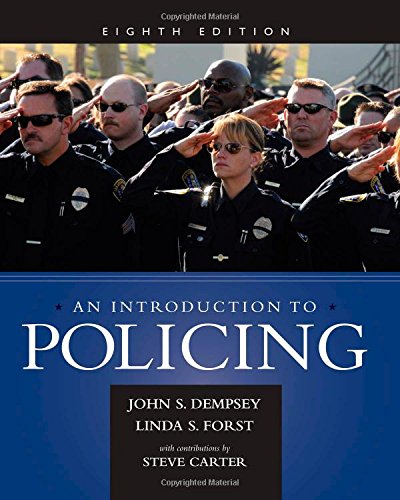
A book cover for An Introduction to Policing; John S. Dempsey; Politics & Social Sciences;